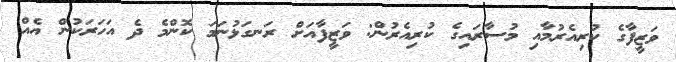
ވަޒީފާގެ ކުރިއެރުމާއި މުސާރައިގެ ކުރިއެރުން: ވަޒީފާއަށް ރަނގަޅުނަމަ ކޮންމެ ދެ އަހަރަކުން އެއް